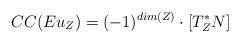
LaTeX: \begin{align*} CC(Eu_Z)= (-1)^{dim(Z)}\cdot \left[T^*_ZN\right]\end{align*}